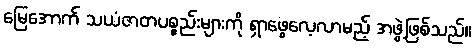
မြေအောက် သယံဇာတပစ္စည်းများကို ရှာဖွေလေ့လာမည့် အဖွဲ့ဖြစ်သည်။